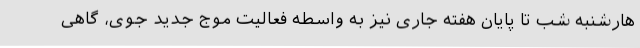
هارشنبه شب تا پایان هفته جاری نیز به واسطه فعالیت موج جدید جوی، گاهی